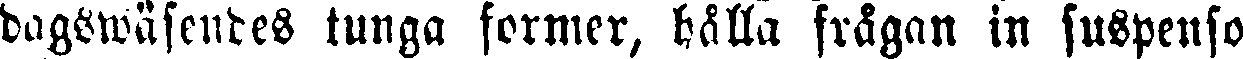
dagswäsendes tunga former, hålla frågan in suspenso